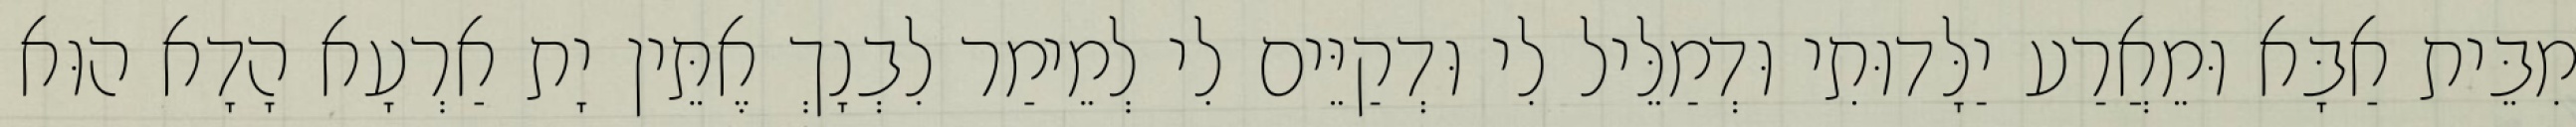
מִבֵּית אַבָּא וּמֵאֲרַע יַלָּדוּתִי וּדְמַלֵּיל לִי וּדְקַיֵּים לִי לְמֵימַר לִבְנָךְ אֶתֵּין יָת אַרְעָא הָדָא הוּא